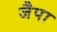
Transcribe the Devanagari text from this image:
जैपा